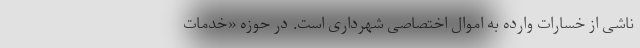
ناشی از خسارات وارده به اموال اختصاصی شهرداری است. در حوزه «خدمات